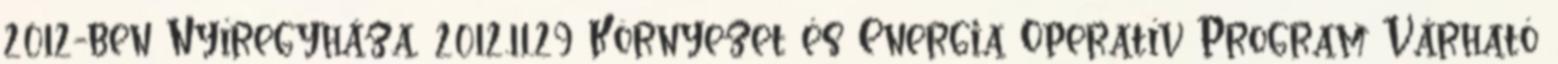
2012-ben Nyíregyháza, 2012.11.29 Környezet és Energia Operatív Program Várható